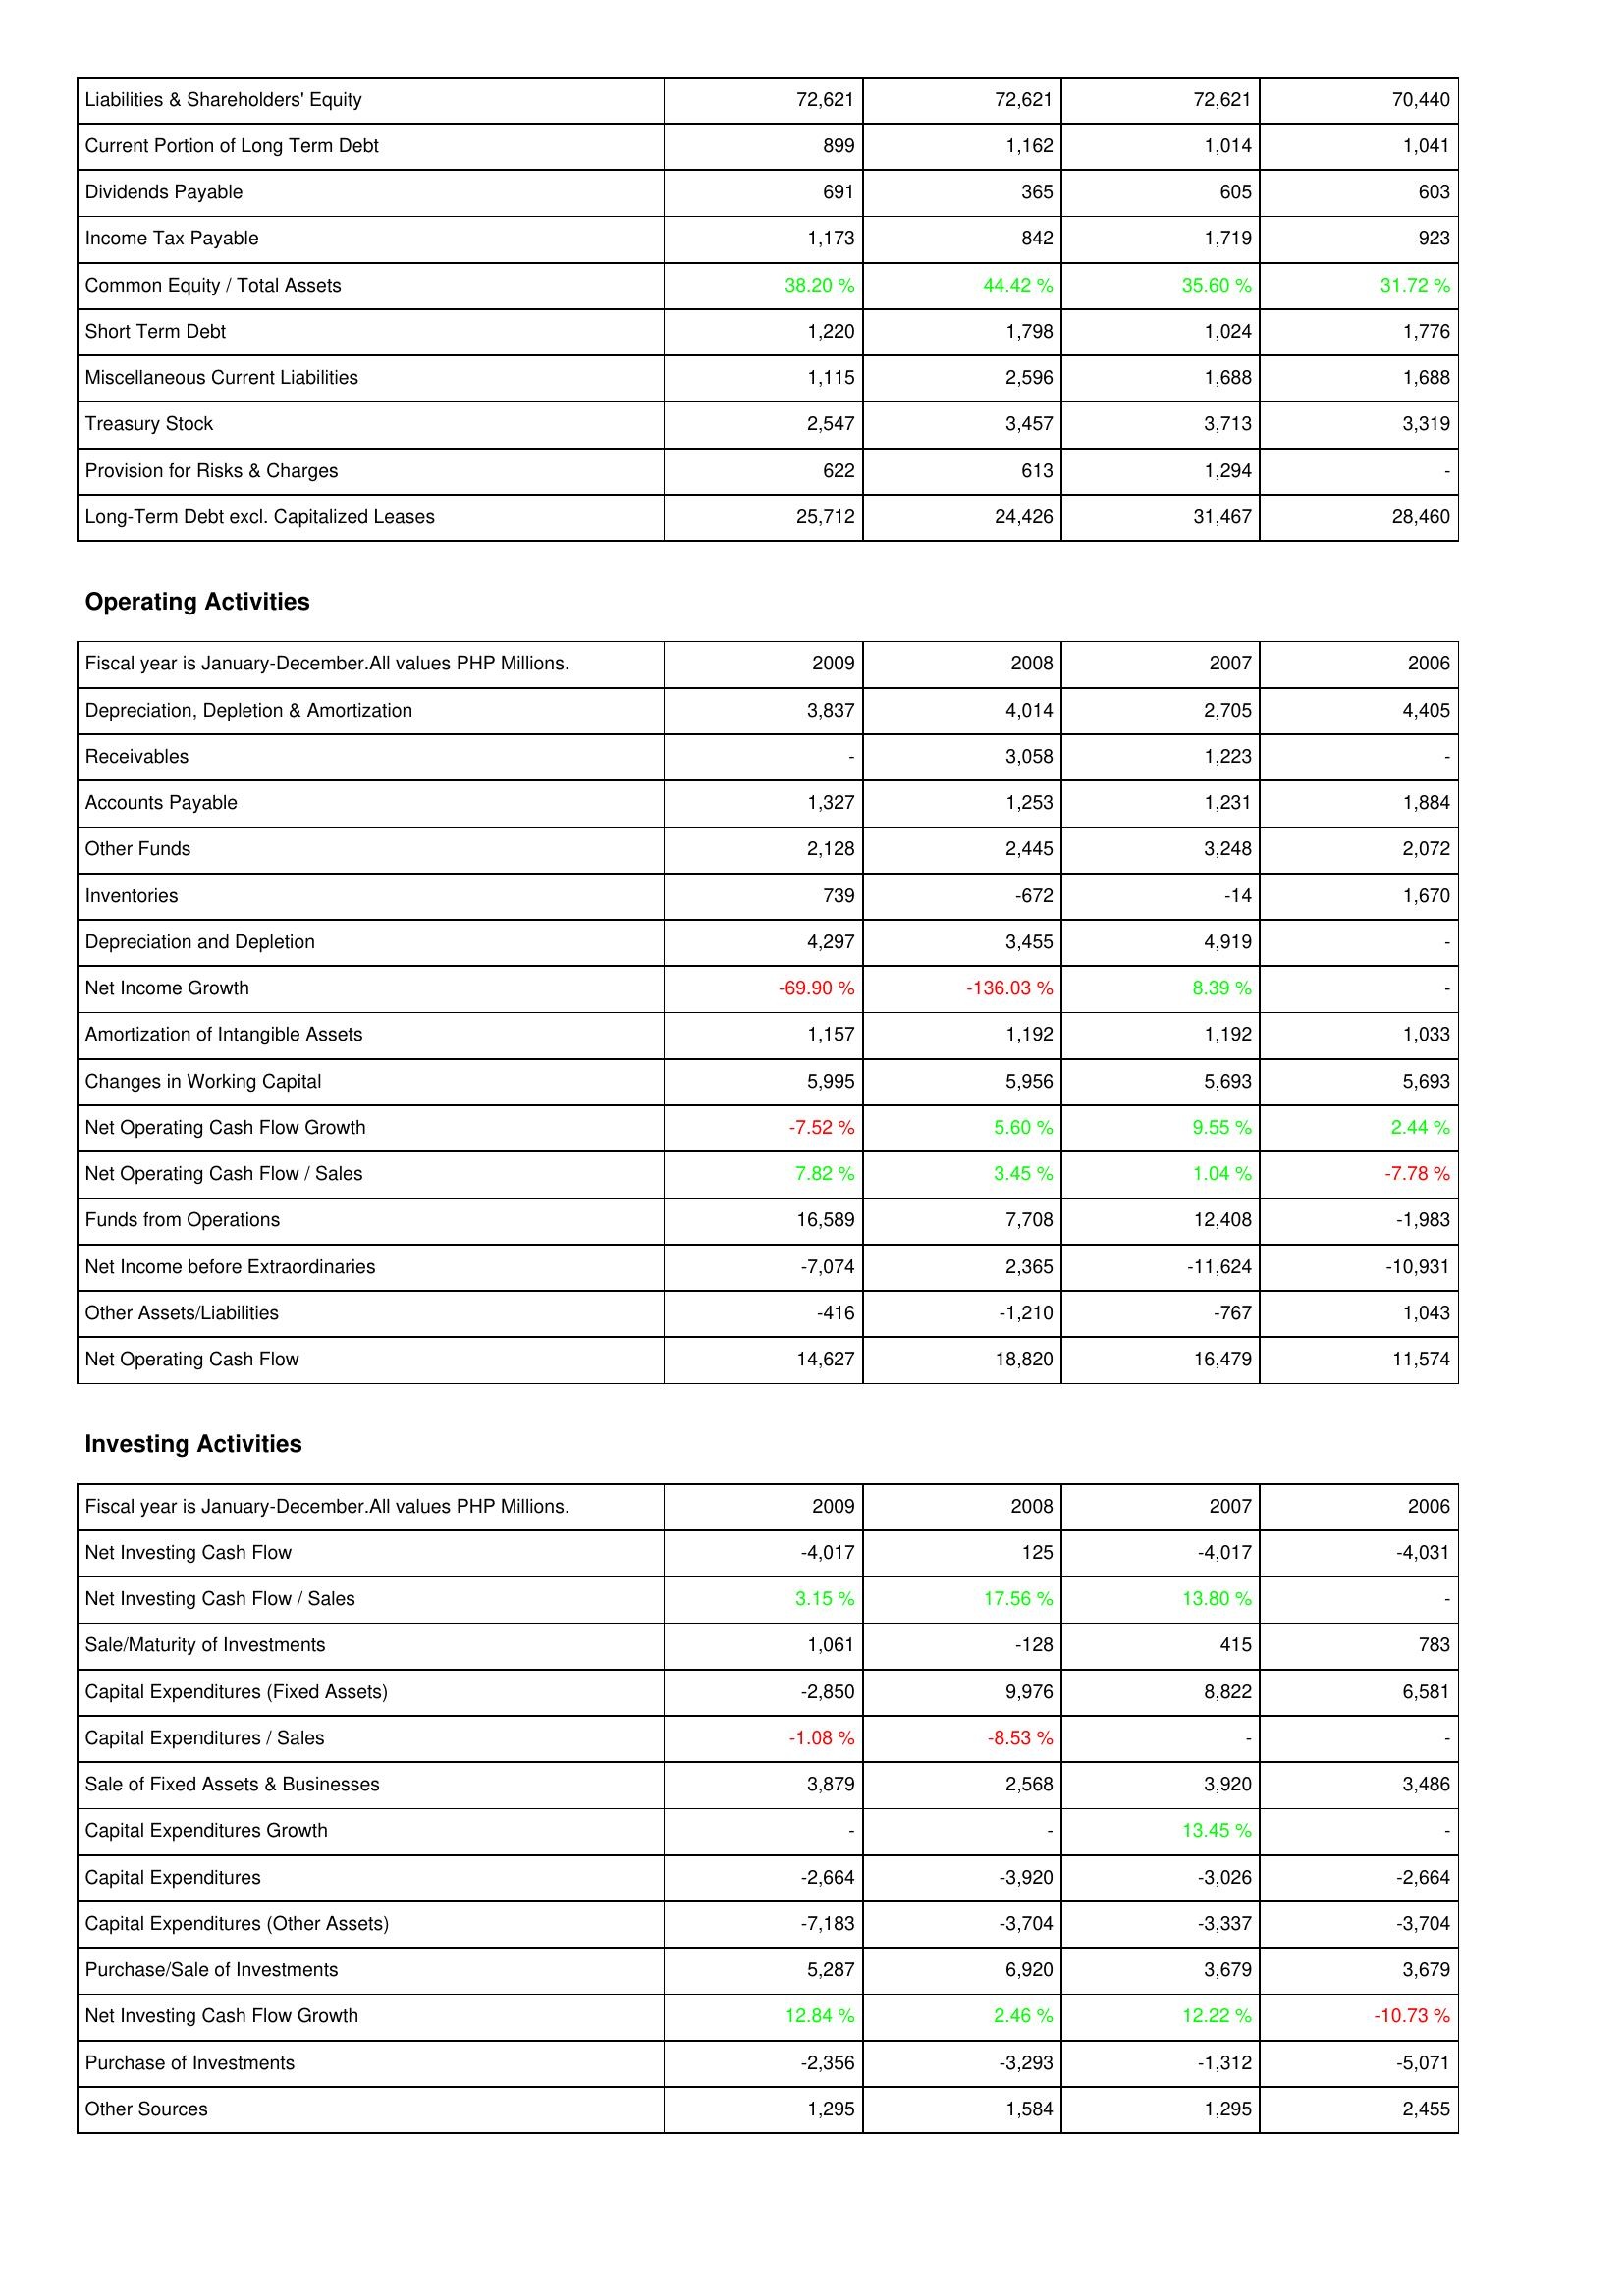
2009: Liabilities & Shareholders' Equity: Liabilities & Shareholders' Equity: 72,621
Current Portion of Long Term Debt: 899
Dividends Payable: 691
Income Tax Payable: 1,173
Common Equity / Total Assets: 38.20 %
Short Term Debt: 1,220
Miscellaneous Current Liabilities: 1,115
Treasury Stock: 2,547
Provision for Risks & Charges: 622
Long-Term Debt excl. Capitalized Leases: 25,712
Operating Activities: Depreciation, Depletion & Amortization: 3,837
Receivables: -
Accounts Payable: 1,327
Other Funds: 2,128
Inventories: 739
Depreciation and Depletion: 4,297
Net Income Growth: -69.90 %
Amortization of Intangible Assets: 1,157
Changes in Working Capital: 5,995
Net Operating Cash Flow Growth: -7.52 %
Net Operating Cash Flow / Sales: 7.82 %
Funds from Operations: 16,589
Net Income before Extraordinaries: -7,074
Other Assets/Liabilities: -416
Net Operating Cash Flow: 14,627
Investing Activities: Net Investing Cash Flow: -4,017
Net Investing Cash Flow / Sales: 3.15 %
Sale/Maturity of Investments: 1,061
Capital Expenditures (Fixed Assets): -2,850
Capital Expenditures / Sales: -1.08 %
Sale of Fixed Assets & Businesses: 3,879
Capital Expenditures Growth: -
Capital Expenditures: -2,664
Capital Expenditures (Other Assets): -7,183
Purchase/Sale of Investments: 5,287
Net Investing Cash Flow Growth: 12.84 %
Purchase of Investments: -2,356
Other Sources: 1,295
2008: Liabilities & Shareholders' Equity: Liabilities & Shareholders' Equity: 72,621
Current Portion of Long Term Debt: 1,162
Dividends Payable: 365
Income Tax Payable: 842
Common Equity / Total Assets: 44.42 %
Short Term Debt: 1,798
Miscellaneous Current Liabilities: 2,596
Treasury Stock: 3,457
Provision for Risks & Charges: 613
Long-Term Debt excl. Capitalized Leases: 24,426
Operating Activities: Depreciation, Depletion & Amortization: 4,014
Receivables: 3,058
Accounts Payable: 1,253
Other Funds: 2,445
Inventories: -672
Depreciation and Depletion: 3,455
Net Income Growth: -136.03 %
Amortization of Intangible Assets: 1,192
Changes in Working Capital: 5,956
Net Operating Cash Flow Growth: 5.60 %
Net Operating Cash Flow / Sales: 3.45 %
Funds from Operations: 7,708
Net Income before Extraordinaries: 2,365
Other Assets/Liabilities: -1,210
Net Operating Cash Flow: 18,820
Investing Activities: Net Investing Cash Flow: 125
Net Investing Cash Flow / Sales: 17.56 %
Sale/Maturity of Investments: -128
Capital Expenditures (Fixed Assets): 9,976
Capital Expenditures / Sales: -8.53 %
Sale of Fixed Assets & Businesses: 2,568
Capital Expenditures Growth: -
Capital Expenditures: -3,920
Capital Expenditures (Other Assets): -3,704
Purchase/Sale of Investments: 6,920
Net Investing Cash Flow Growth: 2.46 %
Purchase of Investments: -3,293
Other Sources: 1,584
2007: Liabilities & Shareholders' Equity: Liabilities & Shareholders' Equity: 72,621
Current Portion of Long Term Debt: 1,014
Dividends Payable: 605
Income Tax Payable: 1,719
Common Equity / Total Assets: 35.60 %
Short Term Debt: 1,024
Miscellaneous Current Liabilities: 1,688
Treasury Stock: 3,713
Provision for Risks & Charges: 1,294
Long-Term Debt excl. Capitalized Leases: 31,467
Operating Activities: Depreciation, Depletion & Amortization: 2,705
Receivables: 1,223
Accounts Payable: 1,231
Other Funds: 3,248
Inventories: -14
Depreciation and Depletion: 4,919
Net Income Growth: 8.39 %
Amortization of Intangible Assets: 1,192
Changes in Working Capital: 5,693
Net Operating Cash Flow Growth: 9.55 %
Net Operating Cash Flow / Sales: 1.04 %
Funds from Operations: 12,408
Net Income before Extraordinaries: -11,624
Other Assets/Liabilities: -767
Net Operating Cash Flow: 16,479
Investing Activities: Net Investing Cash Flow: -4,017
Net Investing Cash Flow / Sales: 13.80 %
Sale/Maturity of Investments: 415
Capital Expenditures (Fixed Assets): 8,822
Capital Expenditures / Sales: -
Sale of Fixed Assets & Businesses: 3,920
Capital Expenditures Growth: 13.45 %
Capital Expenditures: -3,026
Capital Expenditures (Other Assets): -3,337
Purchase/Sale of Investments: 3,679
Net Investing Cash Flow Growth: 12.22 %
Purchase of Investments: -1,312
Other Sources: 1,295
2006: Liabilities & Shareholders' Equity: Liabilities & Shareholders' Equity: 70,440
Current Portion of Long Term Debt: 1,041
Dividends Payable: 603
Income Tax Payable: 923
Common Equity / Total Assets: 31.72 %
Short Term Debt: 1,776
Miscellaneous Current Liabilities: 1,688
Treasury Stock: 3,319
Provision for Risks & Charges: -
Long-Term Debt excl. Capitalized Leases: 28,460
Operating Activities: Depreciation, Depletion & Amortization: 4,405
Receivables: -
Accounts Payable: 1,884
Other Funds: 2,072
Inventories: 1,670
Depreciation and Depletion: -
Net Income Growth: -
Amortization of Intangible Assets: 1,033
Changes in Working Capital: 5,693
Net Operating Cash Flow Growth: 2.44 %
Net Operating Cash Flow / Sales: -7.78 %
Funds from Operations: -1,983
Net Income before Extraordinaries: -10,931
Other Assets/Liabilities: 1,043
Net Operating Cash Flow: 11,574
Investing Activities: Net Investing Cash Flow: -4,031
Net Investing Cash Flow / Sales: -
Sale/Maturity of Investments: 783
Capital Expenditures (Fixed Assets): 6,581
Capital Expenditures / Sales: -
Sale of Fixed Assets & Businesses: 3,486
Capital Expenditures Growth: -
Capital Expenditures: -2,664
Capital Expenditures (Other Assets): -3,704
Purchase/Sale of Investments: 3,679
Net Investing Cash Flow Growth: -10.73 %
Purchase of Investments: -5,071
Other Sources: 2,455